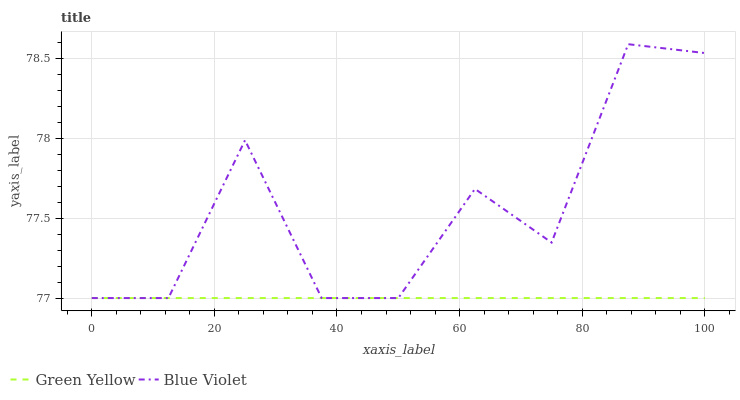
| xaxis_label | Green Yellow | Blue Violet |
 | --- | --- | --- |
 | 0 | 77 | 77 |
 | 12.5 | 77 | 77 |
 | 25 | 77 | 78 |
 | 37.5 | 77 | 77 |
 | 50 | 77 | 77 |
 | 62.5 | 77 | 77.7 |
 | 75 | 77 | 77.3 |
 | 87.5 | 77 | 78.6 |
 | 100 | 77 | 78.5 |